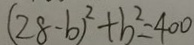
( 2 8 - b ) ^ { 2 } + b ^ { 2 } = 4 0 0